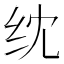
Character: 𬘘